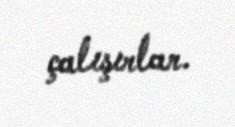
çalışırlar.